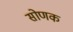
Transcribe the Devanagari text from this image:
सोणक